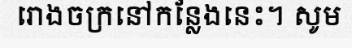
រោងចក្រនៅកន្លែងនេះ។ សូម